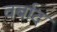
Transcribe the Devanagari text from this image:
वर्बाद